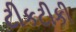
ટીકટીકી